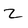
Character: 2